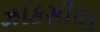
ઝાકસીયા